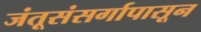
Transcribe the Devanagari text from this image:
जंतूसंसर्गापासून